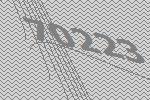
70223